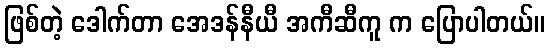
ဖြစ်တဲ့ ဒေါက်တာ အေဒန်နီယီ အကီဆီကူ က ပြောပါတယ်။